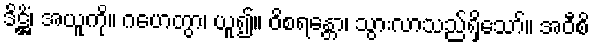
ဒိဋ္ဌိံ၊ အယူကို။ ဂဟေတွာ၊ ယူ၍။ ဝိစရန္တော၊ သွားလာသည်ရှိသော်။ အဝီစိ